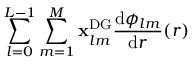
\sum _ { l = 0 } ^ { L - 1 } \sum _ { m = 1 } ^ { M } \mathbf { x } _ { l m } ^ { \mathrm { { D G } } } \frac { \mathrm { d } \phi _ { l m } } { \mathrm { d } r } ( r )